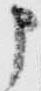
申